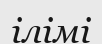
ілімі